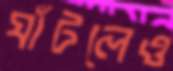
ঘাঁটলেও